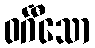
ဝင်္ဂီသော